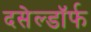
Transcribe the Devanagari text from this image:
दसेल्डॉर्फ